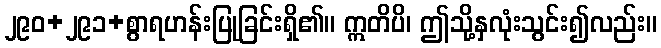
၂၉၀+၂၉၁+စွာရဟန်းပြုခြင်းရှိ၏။ ဣတိပိ၊ ဤသို့နှလုံးသွင်း၍လည်း။